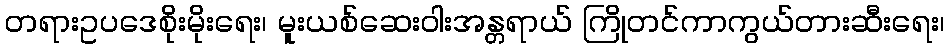
တရားဥပဒေစိုးမိုးရေး၊ မူးယစ်ဆေးဝါးအန္တရာယ် ကြိုတင်ကာကွယ်တားဆီးရေး၊